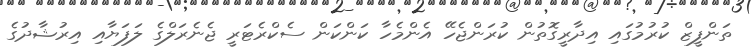
ތަންފީޒް ކުރުމުގައި އިދާރީގޮތުން ކުރަންޖެހޭ އެންމެހާ ކަންކަން ސެކްރެޓަރީ ޖެނެރަލްގެ ލަފަޔާއި އިރުޝާދުގެ